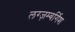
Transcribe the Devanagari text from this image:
लग्ज़म्बर्गिश